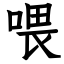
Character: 喂